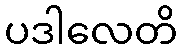
ပဒါလေတိ